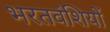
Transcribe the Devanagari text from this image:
भरतवंशियों